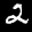
Label: 2